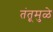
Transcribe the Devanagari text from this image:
तंतूमुळे